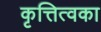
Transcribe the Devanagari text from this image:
कृत्तित्वका